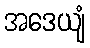
အဒေယျံ